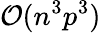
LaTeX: \mathcal{O}(n^{3}p^{3})